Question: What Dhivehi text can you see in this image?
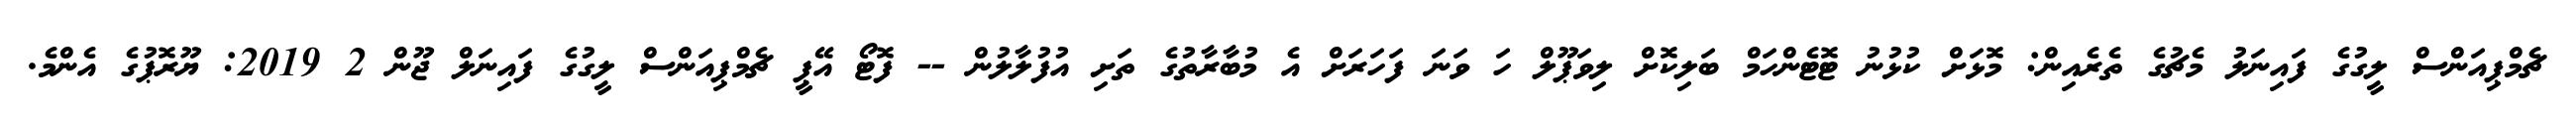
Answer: ޗެމްޕިއަންސް ލީގުގެ ފައިނަލު މެޗުގެ ތެރެއިން: މޮޅަށް ކުޅުނު ޓޮޓެންހަމް ބަލިކޮށް ލިވަޕޫލް ހަ ވަނަ ފަހަރަށް އެ މުބާރާތުގެ ތަށި އުފުލާލުން -- ފޮޓޯ އޭޕީ ޗެމްޕިއަންސް ލީގުގެ ފައިނަލް ޖޫން 2 2019: ޔޫރޮޕުގެ އެންމެ.